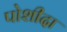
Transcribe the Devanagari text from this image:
पोशीदा